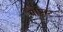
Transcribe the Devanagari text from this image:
बैप्टिस्टे